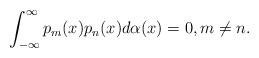
LaTeX: \begin{align*}\int_{-\infty}^{\infty}p_m(x)p_n(x)d\alpha(x)=0,m\neq n.\end{align*}